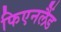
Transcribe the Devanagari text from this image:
फिएनलैंड